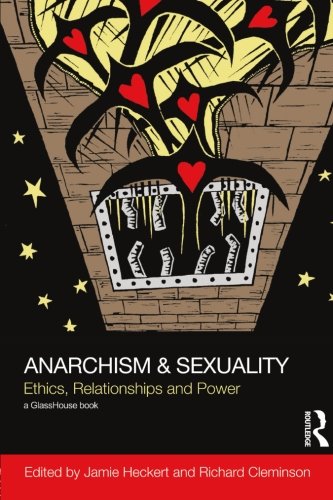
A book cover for Anarchism & Sexuality: Ethics, Relationships and Power (Social Justice); Law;